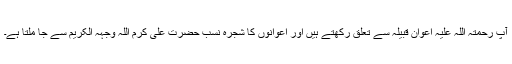
آپ رحمتہ اللہ علیہ اعوان قبیلہ سے تعلق رکھتے ہیں اور اعوانوں کا شجرہ نسب حضرت علی کرم اللہ وجہہ الکریم سے جا ملتا ہے۔